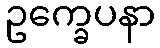
ဥက္ခေပနာ